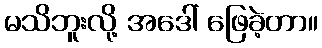
မသိဘူးလို့ အဒေါ် ဖြေခဲ့တာ။